[Report on the health of British troops in the Madras command]
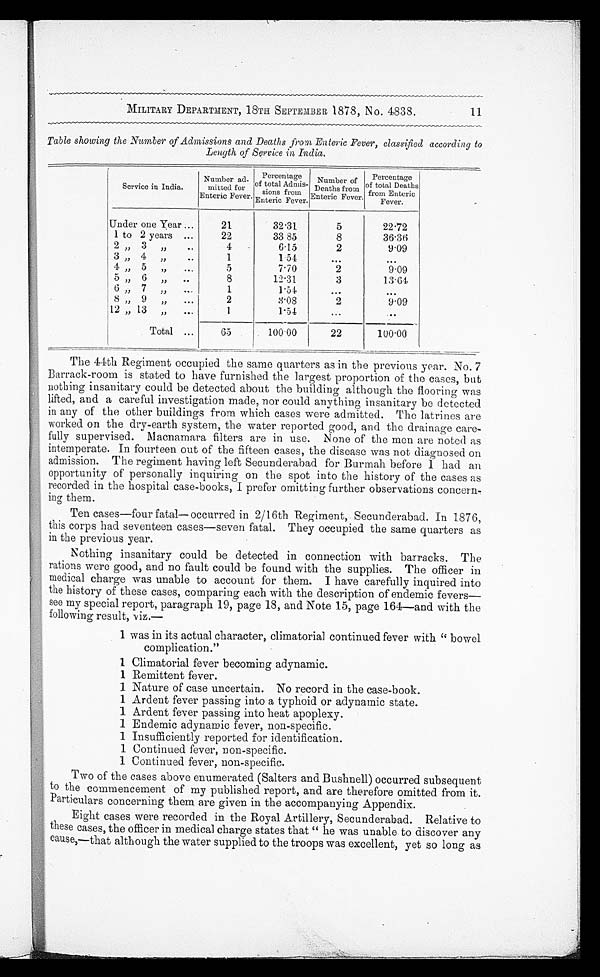
MILITARY DEPARTMENT, 18TH SEPTEMBER 1878, No. 4838.
11
Table showing the Number of Admissions and Deaths from Enteric Fever, classified according to
Length of Service in India.
Service in India.
Number ad-
mitted for
Enteric Fever.
Percentage
of total Admis-
sions from
Enteric Fever.
Number of
Deaths from
Enteric Fever.
Percentage
of total Deaths
from Enteric
Fever.
Under one Year . . .
21
32.31
5
22.72
1 to 2 years . . .
22
33. 85
8
36.36
2 " 3 " . . .
4
6.15
2
9.09
3"
4 " . . .
1
1.54
. . .
. . .
4 " 5 " . . .
5
7.70
2
9.09
5 " 6 ",,. . .
8
12.31
3
13.64
6 " 7 11 . . .
1
1.54
. . .
. . .
8 " 9 " . . .
2
8.08
2
9.09
12 " 13 " . . .
1
1.54
. . .
. . .
Total . . .
65
100.00
22
100.00
The 44th Regiment occupied the same quarters as in the previous year. No. 7
Barrack-room is stated to have furnished the largest proportion of the cases, but
nothing insanitary could be detected about the building although the flooring was
lifted, and a careful investigation made, nor could anything insanitary be detected
in any of the other buildings from which cases were admitted. The latrines are
worked on the dry-earth system, the water reported good, and the drainage care-
fully supervised. Macnamara filters are in use. None of the men are noted as
intemperate. In fourteen out of the fifteen cases, the disease was not diagnosed on
admission. The regiment having left Secunderabad for Burmah before I had an
opportunity of personally inquiring on the spot into the history of the cases as
recorded in the hospital case-books, I prefer omitting further observations concern-
- i n g t h e m .
Ten cases—four fatal—occurred in 2/16th Regiment, Secunderabad. In 1876,
this corps had seventeen cases—seven fatal. They occupied the same quarters as
in the previous year.
Nothing insanitary could be detected in connection with. barracks. The
rations were good, and no fault could be found with the supplies. The officer in
medical charge was unable to account for them. I have carefully inquired into
the history of these cases, comparing each with the description of endemic fevers—
see my special report, paragraph 19, page 18, and Note 15, page 164—and with the
following result, viz. —
1. was in its actual character, climatorial continued fever with " bowel
complication."
1 Climatorial fever becoming adynamic.
1 Remittent fever.
1 Nature of case uncertain. No record in the case-book.
1 Ardent fever passing into a typhoid or adynamic state.
1 Ardent fever passing into heat apoplexy.
1 Endemic adynamic fever, non-specific.
1 Insufficiently reported for identification.
1 Continued fever, non-specific.
1 Continued fever, non-specific.
Two of the cases above enumerated (Salters and Bushnell) occurred subsequent
to the commencement of my published report, and are therefore omitted from it.
Particulars concerning them are given in the accompanying Appendix.
Eight cases were recorded in the Royal Artillery, Secunderabad. Relative to
these cases, the officer in medical charge states that " he was unable to discover any
c a u s e , — t h a t a l t h o u g h t h e w a t e r s u p p l i e d t o t h e t r o o p s w a s e x c e l l e n t , y e t s o l o n g a s